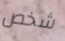
شخص